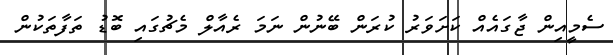
ސެމީއިން ޖާގައެއް ކަށަވަރު ކުރަން ބޭނުން ނަމަ ރެއާލް މެޗުގައި ބޮޑު ތަފާތަކުން